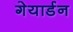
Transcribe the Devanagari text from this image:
गेयार्डन